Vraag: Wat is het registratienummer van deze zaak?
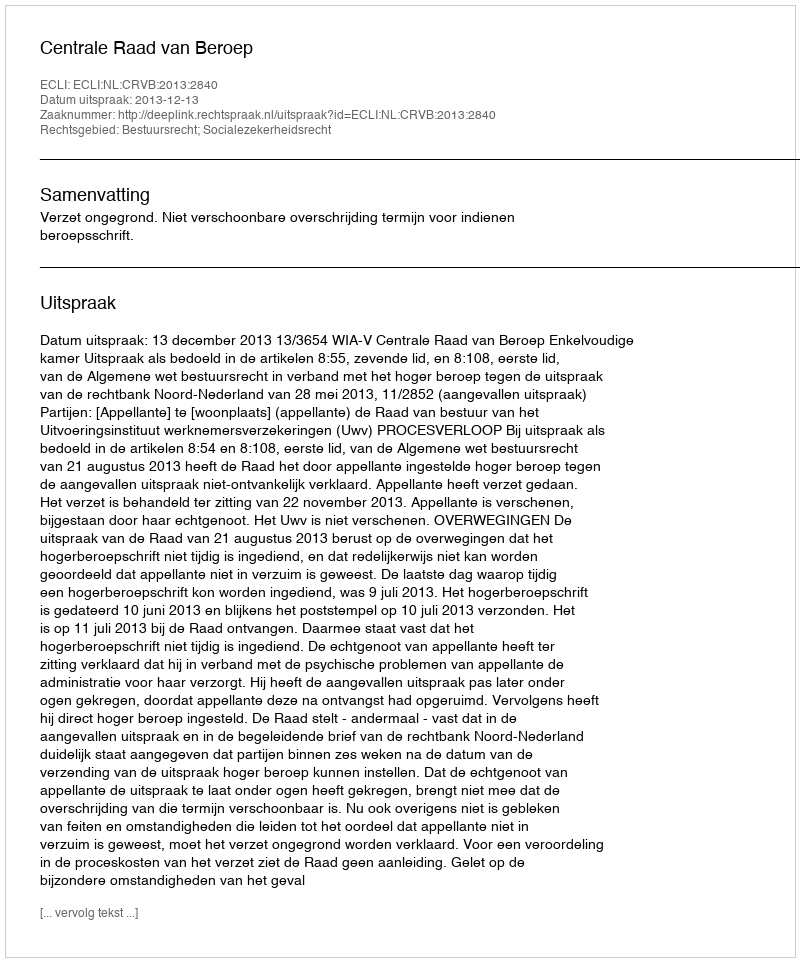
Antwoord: http://deeplink.rechtspraak.nl/uitspraak?id=ECLI:NL:CRVB:2013:2840